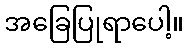
အခြေပြုရာပေါ့။